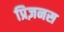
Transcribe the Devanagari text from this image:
प्रिज़नस